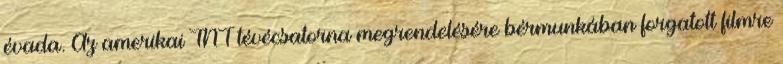
évada. Az amerikai TNT tévécsatorna megrendelésére bérmunkában forgatott filmre